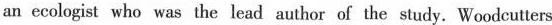
an ecologist who was the lead author of the study. Woodcutters